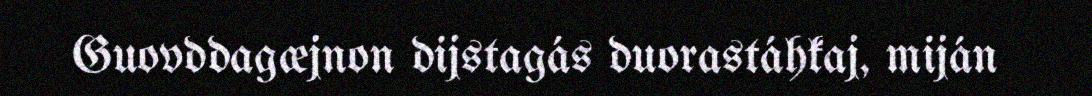
Guovddagæjnon dijstagás duorastáhkaj, miján